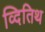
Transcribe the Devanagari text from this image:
व्दितिथ